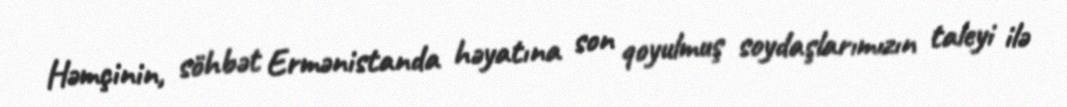
Həmçinin, söhbət Ermənistanda həyatına son qoyulmuş soydaşlarımızın taleyi ilə